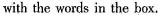
with the words in the box.